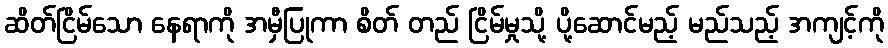
ဆိတ်ငြိမ်သော နေရာကို အမှီပြုကာ စိတ် တည် ငြိမ်မှုသို့ ပို့ဆောင်မည့် မည်သည့် အကျင့်ကို